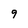
Character: 9